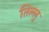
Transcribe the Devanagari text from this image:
तिल्लु